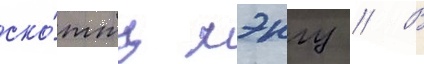
ско́тту лэнгу // В